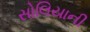
સોલિયાની